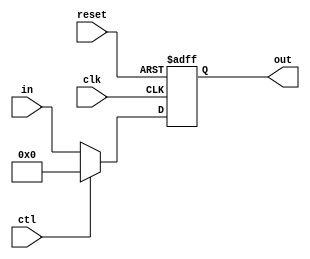
module PipeCtlRegN #(parameter WIDTH=32) (out, in, ctl, clk, reset); // synopsys template
   parameter init = 0;
   output [0:WIDTH-1] out;
   reg [0:WIDTH-1]    out;
   input [0:WIDTH-1]  in;
   input     	      ctl;
   input 	      clk, reset;

   always @ (posedge clk or negedge reset)
     if (~reset)
       out <= init;
     else begin
        if (ctl == 1'b0)
	        out <= in;
        else if (ctl == 1'b1)
	        out <= init;
     end
endmodule // PipeCtlReg

module PipeCtlRegN1 #(parameter WIDTH=32) (out, in, ctl, clk, reset,we); // synopsys template
   parameter init = 0;
   output [0:WIDTH-1] out;
   reg [0:WIDTH-1]    out;
   input [0:WIDTH-1]  in;
   input            ctl;
   input        clk, reset;
   input we;

   always @ (posedge clk or negedge reset)
     if (~reset)
       out <= init;
     else begin
      if (we == 1'b0)
        out <= out;
      else begin
        if (ctl == 1'b0)
          out <= in;
        else if (ctl == 1'b1)
          out <= init;
      end
    end
endmodule // PipeCtlReg